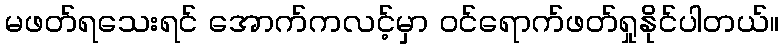
မဖတ်ရသေးရင် အောက်ကလင့်မှာ ဝင်ရောက်ဖတ်ရှုနိုင်ပါတယ်။